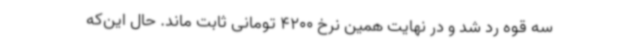
سه قوه رد شد و در نهایت همین نرخ 4200 تومانی ثابت ماند. حال این‌که